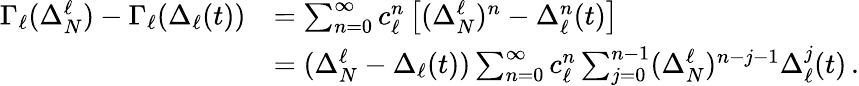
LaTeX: \begin{array}{rl}{\Gamma_{\ell}(\Delta_{N}^{\ell})-\Gamma_{\ell}(\Delta_{\ell}(t))}&{=\sum_{n=0}^{\infty}c_{\ell}^{n}\left[(\Delta_{N}^{\ell})^{n}-\Delta_{\ell}^{n}(t)\right]}\\ &{=(\Delta_{N}^{\ell}-\Delta_{\ell}(t))\sum_{n=0}^{\infty}c_{\ell}^{n}\sum_{j=0}^{n-1}(\Delta_{N}^{\ell})^{n-j-1}\Delta_{\ell}^{j}(t)\, .}\end{array}